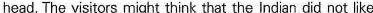
head. The visitors might think that the Indian did not like